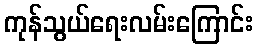
ကုန်သွယ်ရေးလမ်းကြောင်း